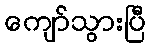
ကျော်သွားပြီ